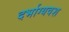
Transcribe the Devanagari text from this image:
दर्भाग्यवश